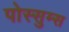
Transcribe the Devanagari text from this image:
पोस्सुम्स